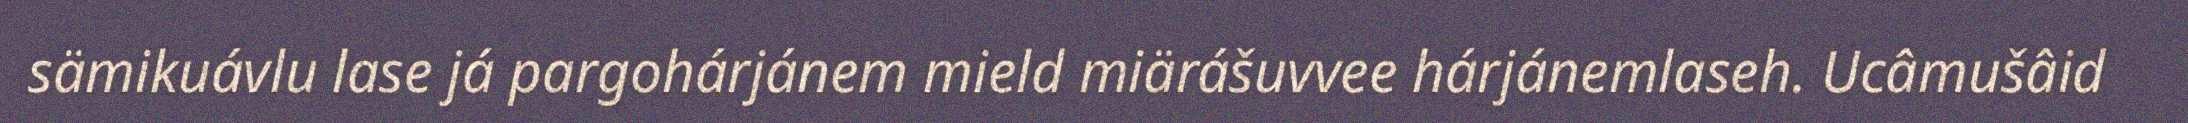
sämikuávlu lase já pargohárjánem mield miärášuvvee hárjánemlaseh. Ucâmušâid